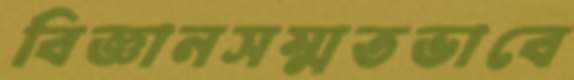
বিজ্ঞানসম্মতভাবে